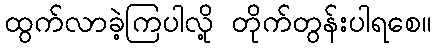
ထွက်လာခဲ့ကြပါလို့ တိုက်တွန်းပါရစေ။